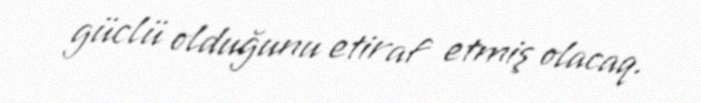
güclü olduğunu etiraf etmiş olacaq.